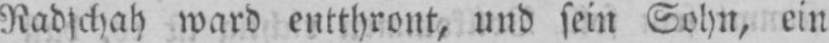
Radschah ward entthront, und sein Sohn, ein